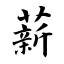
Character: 薪